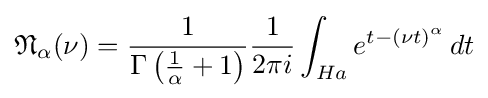
{\mathfrak {N}}_{\alpha }(\nu )={\frac {1}{\Gamma \left({\frac {1}{\alpha }}+1\right)}}{\frac {1}{2\pi i}}\int _{Ha}e^{t-(\nu t)^{\alpha }}\,dt